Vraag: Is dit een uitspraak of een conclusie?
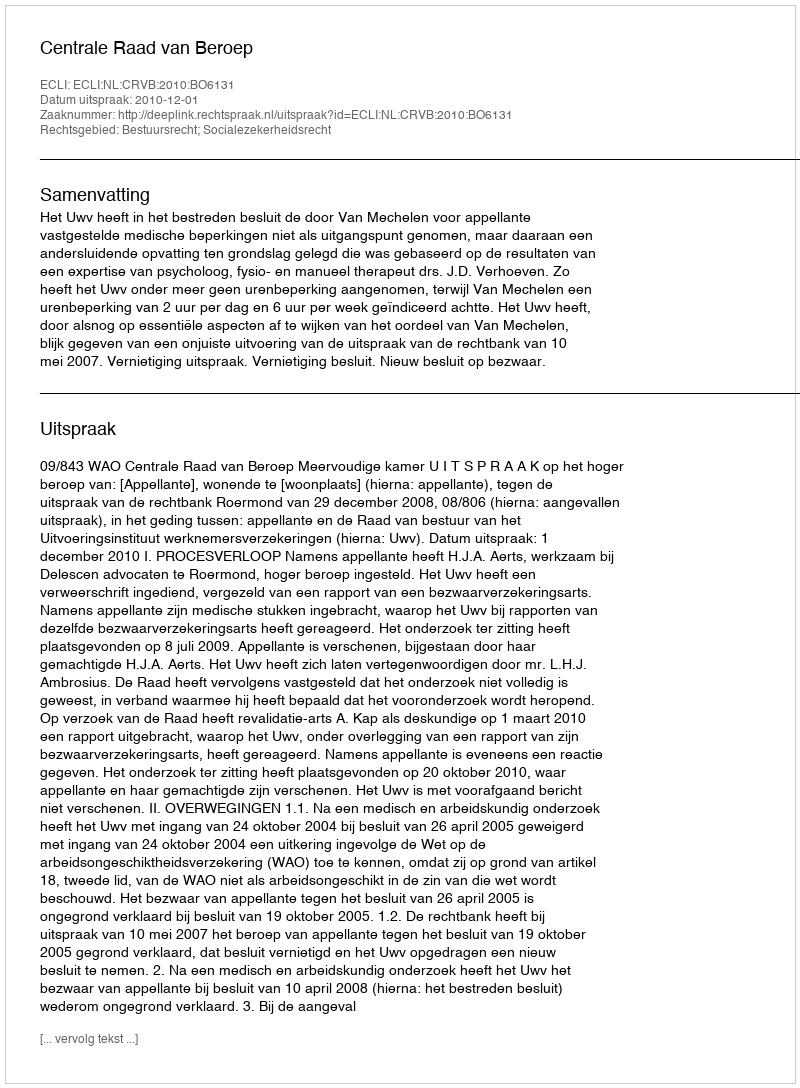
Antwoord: Uitspraak